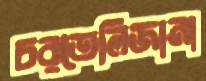
চরতেলিজানা